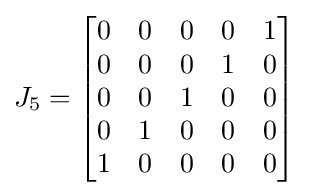
J_{5}={\begin{bmatrix}0&0&0&0&1\\0&0&0&1&0\\0&0&1&0&0\\0&1&0&0&0\\1&0&0&0&0\end{bmatrix}}